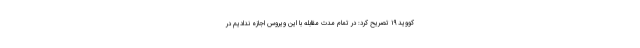
کووید ۱۹ تصریح کرد: در تمام مدت مقابله با این ویروس اجازه ندادیم در